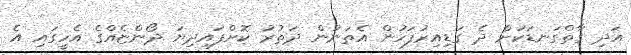
އަދި ގާތްގަނޑަކަށް ދެ ގަޑިއިރުފަހުން އެތަނުން ދަތުރު ކޮށްފައިދިޔަ ދޯންޏެއްގެ އެހީގައި އެ